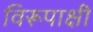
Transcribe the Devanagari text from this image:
विरूपाक्षी